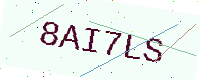
Text: 8AI7LS